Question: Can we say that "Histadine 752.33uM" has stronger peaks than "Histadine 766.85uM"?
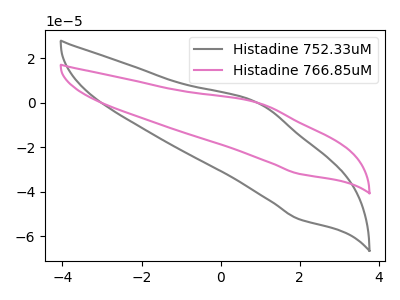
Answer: <think>The gray curve "Histadine 752.33uM" has an anodic peak at (0.95V, -0.35uA) and a cathodic peak at (1.95V, -52.25uA). The pink curve "Histadine 766.85uM" has an anodic peak at (0.95V, -0.20uA) and a cathodic peak at (1.95V, -31.95uA).</think>
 <answer>The peaks in "Histadine 752.33uM" are neither all higher or all lower than the peaks in "Histadine 766.85uM".</answer>
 <eval>mixed</eval>